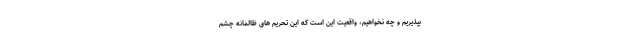
بپذیریم و چه نخواهیم، واقعیت این است که این تحریم های ظالمانه چشم